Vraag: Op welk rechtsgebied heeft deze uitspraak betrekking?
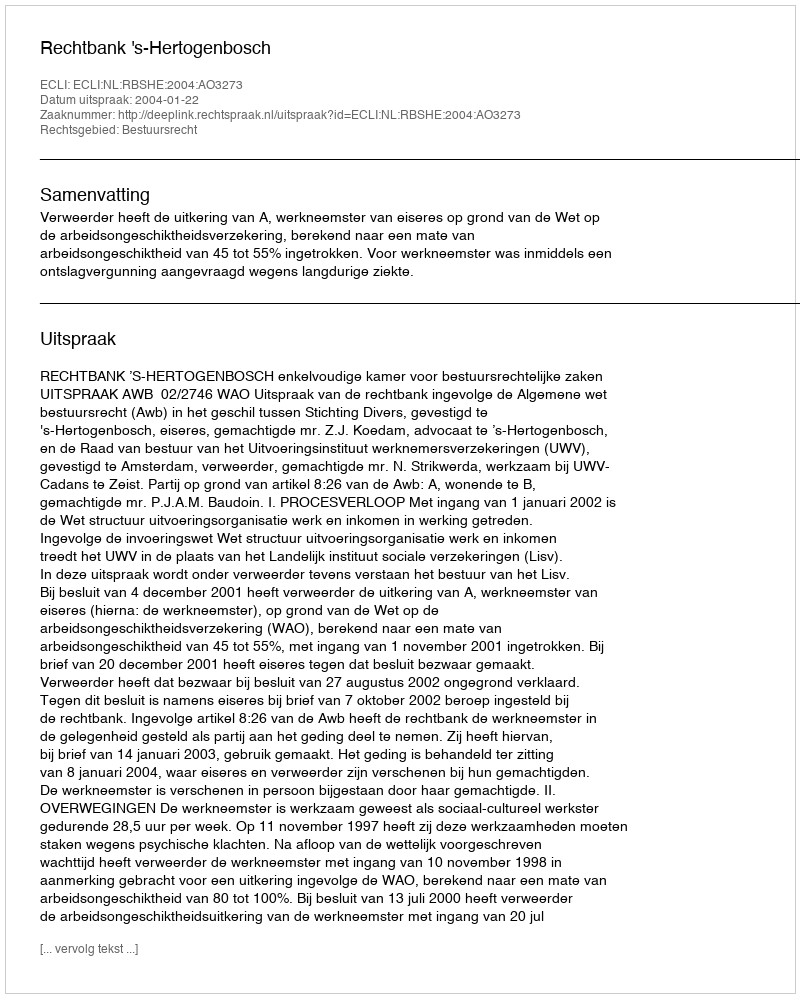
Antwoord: Bestuursrecht